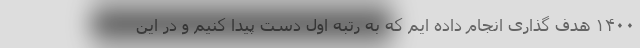
۱۴۰۰ هدف گذاری انجام داده ایم که به رتبه اول دست پیدا کنیم و در این